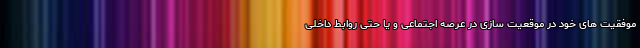
موفقیت های خود در موقعیت سازی در عرصه اجتماعی و یا حتی روابط داخلی